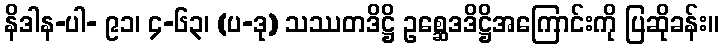
နိဒါန-ပါ- ၉၁၊ ၄-၆၃၊ (ပ-ဒု) သဿတဒိဋ္ဌိ ဥစ္ဆေဒဒိဋ္ဌိအကြောင်းကို ပြဆိုခန်း။